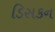
ડિસકન